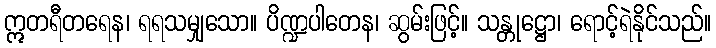
ဣတရီတရေန၊ ရရသမျှသော။ ပိဏ္ဍပါတေန၊ ဆွမ်းဖြင့်။ သန္တုဋ္ဌော၊ ရောင့်ရဲနိုင်သည်။